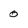
Character: 0